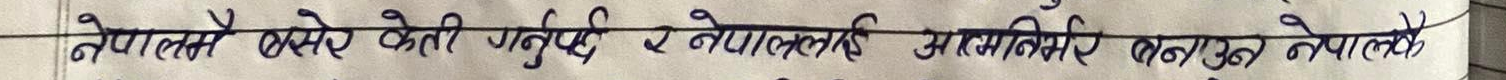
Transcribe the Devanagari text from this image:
नेपालमै बसेर केही गर्नुपर्छ र नेपाललाई आत्मनिर्भर बनाउनु नेपालको